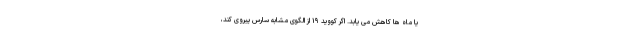
یا ماه ها کاهش می یابد. اگر کووید ۱۹ از الگوی مشابه سارس پیروی کند،